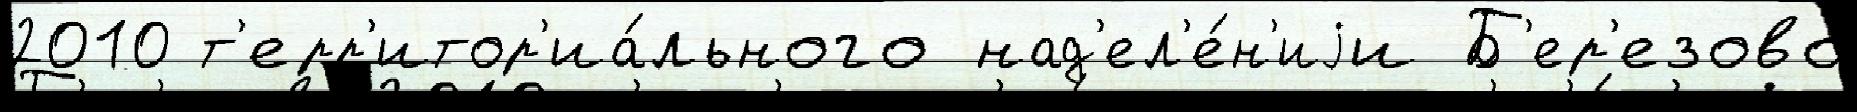
2010 т'ерр'итор'иа́льного над'ел'е́н'иjи Б'ер'езово